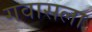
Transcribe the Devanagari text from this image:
गवासला